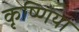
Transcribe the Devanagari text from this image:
कृष्णिया